Indian journal of veterinary science and animal husbandry - Volume 13,
Year: 1943
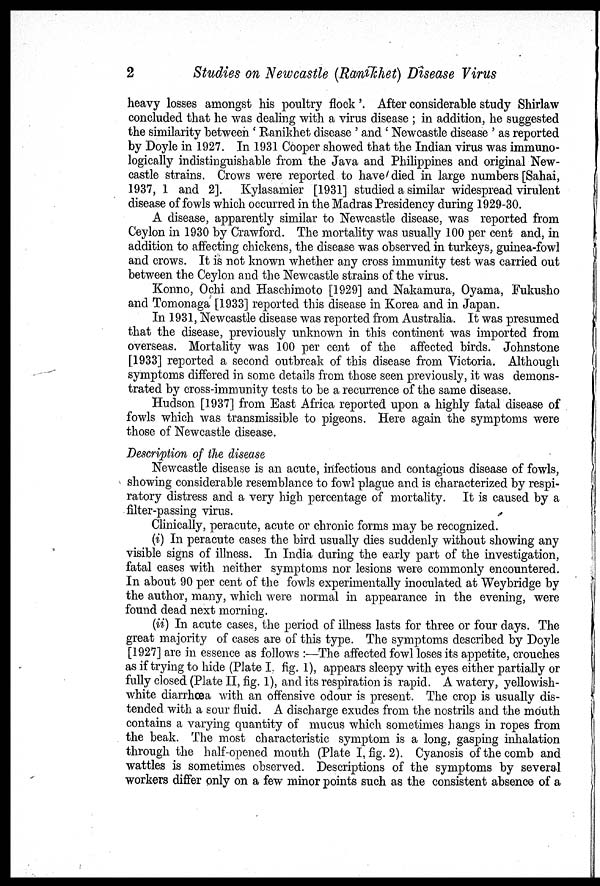
2
Studies on Newcastle (Ranikhet) Disease Virus
heavy losses amongst his poultry flock '. After considerable study Shirlaw
concluded that he was dealing with a virus disease ; in addition, he suggested
the similarity between ' Ranikhet disease ' and ' Newcastle disease ' as reported
by Doyle in 1927. In 1931 Cooper showed that the Indian virus was immuno-
logically indistinguishable from the Java and Philippines and original New-
castle strains. Crows were reported to have died in large numbers [Sahai,
1937, 1 and 2]. Kylasamier [1931] studied a similar widespread virulent
disease of fowls which occurred in the Madras Presidency during 1929-30.
A disease, apparently similar to Newcastle disease, was reported from
Ceylon in 1930 by Crawford. The mortality was usually 100 per cent and, in
addition to affecting chickens, the disease was observed in turkeys, guinea-fowl
and crows. It is not known whether any cross immunity test was carried out
between the Ceylon and the Newcastle strains of the virus.
Konno, Ochi and Haschimoto [1929] and Nakamura, Oyama, Fukusho
and Tomonaga [1933] reported this disease in Korea and in Japan.
In 1931, Newcastle disease was reported from Australia. It was presumed
that the disease, previously unknown in this continent was imported from
overseas. Mortality was 100 per cent of the affected birds. Johnstone
[1933] reported a second outbreak of this disease from Victoria. Although
symptoms differed in some details from those seen previously, it was demons-
trated by cross-immunity tests to be a recurrence of the same disease.
Hudson [1937] from East Africa reported upon a highly fatal disease of
fowls which was transmissible to pigeons. Here again the symptoms were
those of Newcastle disease.
Description of the disease
Newcastle disease is an acute, infectious and contagious disease of fowls,
showing considerable resemblance to fowl plague and is characterized by respi-
ratory distress and a very high percentage of mortality. It is caused by a
filter-passing virus.
Clinically, peracute, acute or chronic forms may be recognized.
(i) In peracute cases the bird usually dies suddenly without showing any
visible signs of illness. In India during the early part of the investigation,
fatal cases with neither symptoms nor lesions were commonly encountered.
In about 90 per cent of the fowls experimentally inoculated at Weybridge by
the author, many, which were normal in appearance in the evening, were
found dead next morning.
(ii) In acute cases, the period of illness lasts for three or four days. The
great majority of cases are of this type. The symptoms described by Doyle
[1927] are in essence as follows :—The affected fowl loses its appetite, crouches
as if trying to hide (Plate I. fig. 1), appears sleepy with eyes either partially or
fully closed (Plate II, fig. 1), and its respiration is rapid. A watery, yellowish-
white diarrhœa with an offensive odour is present. The crop is usually dis-
tended with a sour fluid. A discharge exudes from the nostrils and the mouth
contains a varying quantity of mucus which sometimes hangs in ropes from
the beak. The most characteristic symptom is a long, gasping inhalation
through the half-opened mouth (Plate I, fig. 2). Cyanosis of the comb and
wattles is sometimes observed. Descriptions of the symptoms by several
workers differ only on a few minor points such as the consistent absence of a